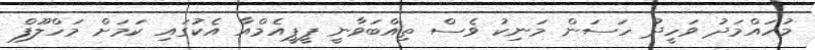
މުހައްމަދު ވަހީދު ހަސަން މަނިކު ވެސް ތިއްބަވާނީ ޕީޕީއެމްއާ އެކުގައި ކަމަށް މަހްލޫފް